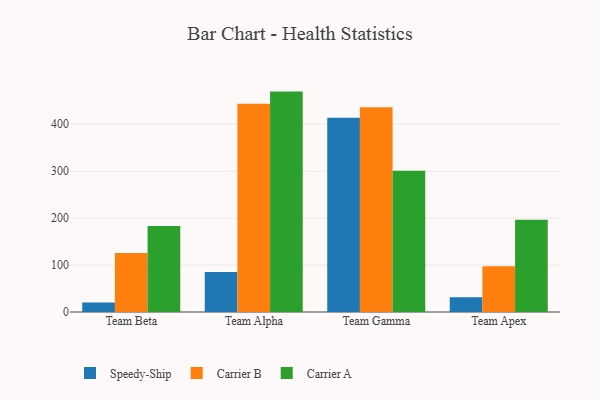
{"axis": {"x": "Team", "y": "Satisfaction Score"}, "legend": ["Carrier A", "Carrier B", "Speedy-Ship"], "data": [{"x": "Team Beta", "y": 20.2, "type": "Speedy-Ship"}, {"x": "Team Beta", "y": 125.7, "type": "Carrier B"}, {"x": "Team Beta", "y": 183.5, "type": "Carrier A"}, {"x": "Team Alpha", "y": 85.2, "type": "Speedy-Ship"}, {"x": "Team Alpha", "y": 443.5, "type": "Carrier B"}, {"x": "Team Alpha", "y": 469.6, "type": "Carrier A"}, {"x": "Team Gamma", "y": 413.9, "type": "Speedy-Ship"}, {"x": "Team Gamma", "y": 436.3, "type": "Carrier B"}, {"x": "Team Gamma", "y": 301.2, "type": "Carrier A"}, {"x": "Team Apex", "y": 31.6, "type": "Speedy-Ship"}, {"x": "Team Apex", "y": 97.3, "type": "Carrier B"}, {"x": "Team Apex", "y": 196.5, "type": "Carrier A"}]}